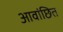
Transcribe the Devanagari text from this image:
आवांछित